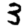
Digit: 3